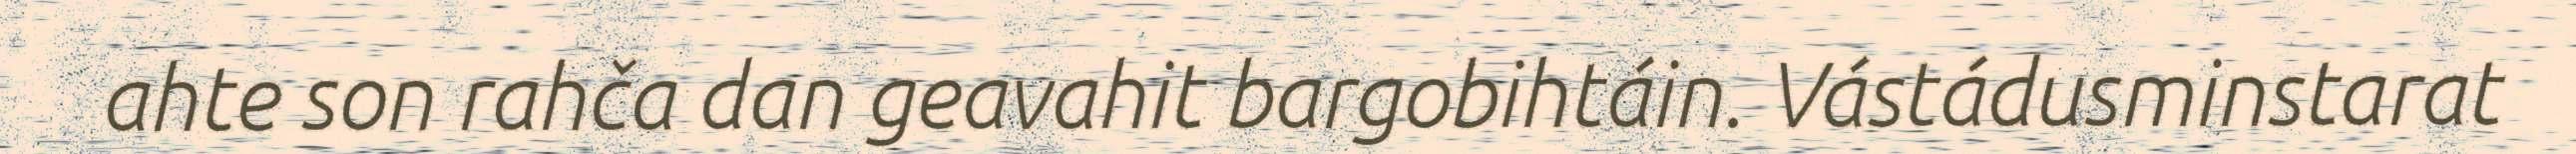
ahte son rahča dan geavahit bargobihtáin. Vástádusminstarat